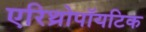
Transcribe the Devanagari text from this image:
एरिथ्रोपॉयटिक